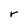
Character: r